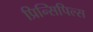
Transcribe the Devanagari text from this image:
प्रिन्सिपिल्स